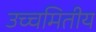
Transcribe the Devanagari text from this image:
उच्चमितीय